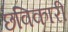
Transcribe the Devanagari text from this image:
छविकारी